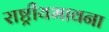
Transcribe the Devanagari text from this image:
राष्ट्रीयभावना